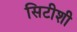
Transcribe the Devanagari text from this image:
सिटीशी